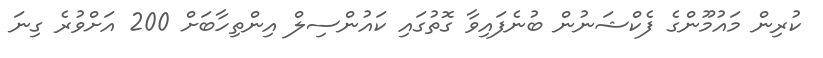
ކުރިން މައުމޫންގެ ފެކްޝަނުން ބުނެފައިވާ ގޮތުގައި ކައުންސިލް އިންތިހާބަށް 200 އަށްވުރެ ގިނަ